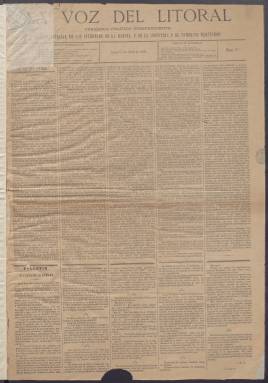
Título: La Voz del litoral
Colección: Periódicos
Ámbito geográfico: Madrid
Lugar de publicación: Madrid
Fechas: 01/04/1878-20/04/1878